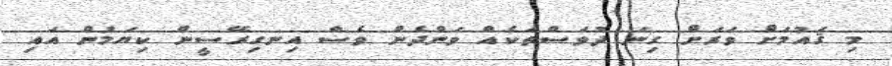
މި ޤައުމަށް ވަރަށް ގިނަ ދުވަސްތަކެއް ވަންދެން ވެސް އިނގިރޭސީން ކިޔަމުން އައި